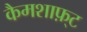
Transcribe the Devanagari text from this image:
कैमशाफ़्ट